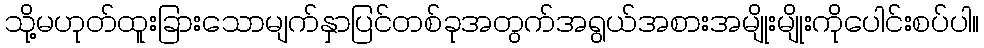
သို့မဟုတ်ထူးခြားသောမျက်နှာပြင်တစ်ခုအတွက်အရွယ်အစားအမျိုးမျိုးကိုပေါင်းစပ်ပါ။